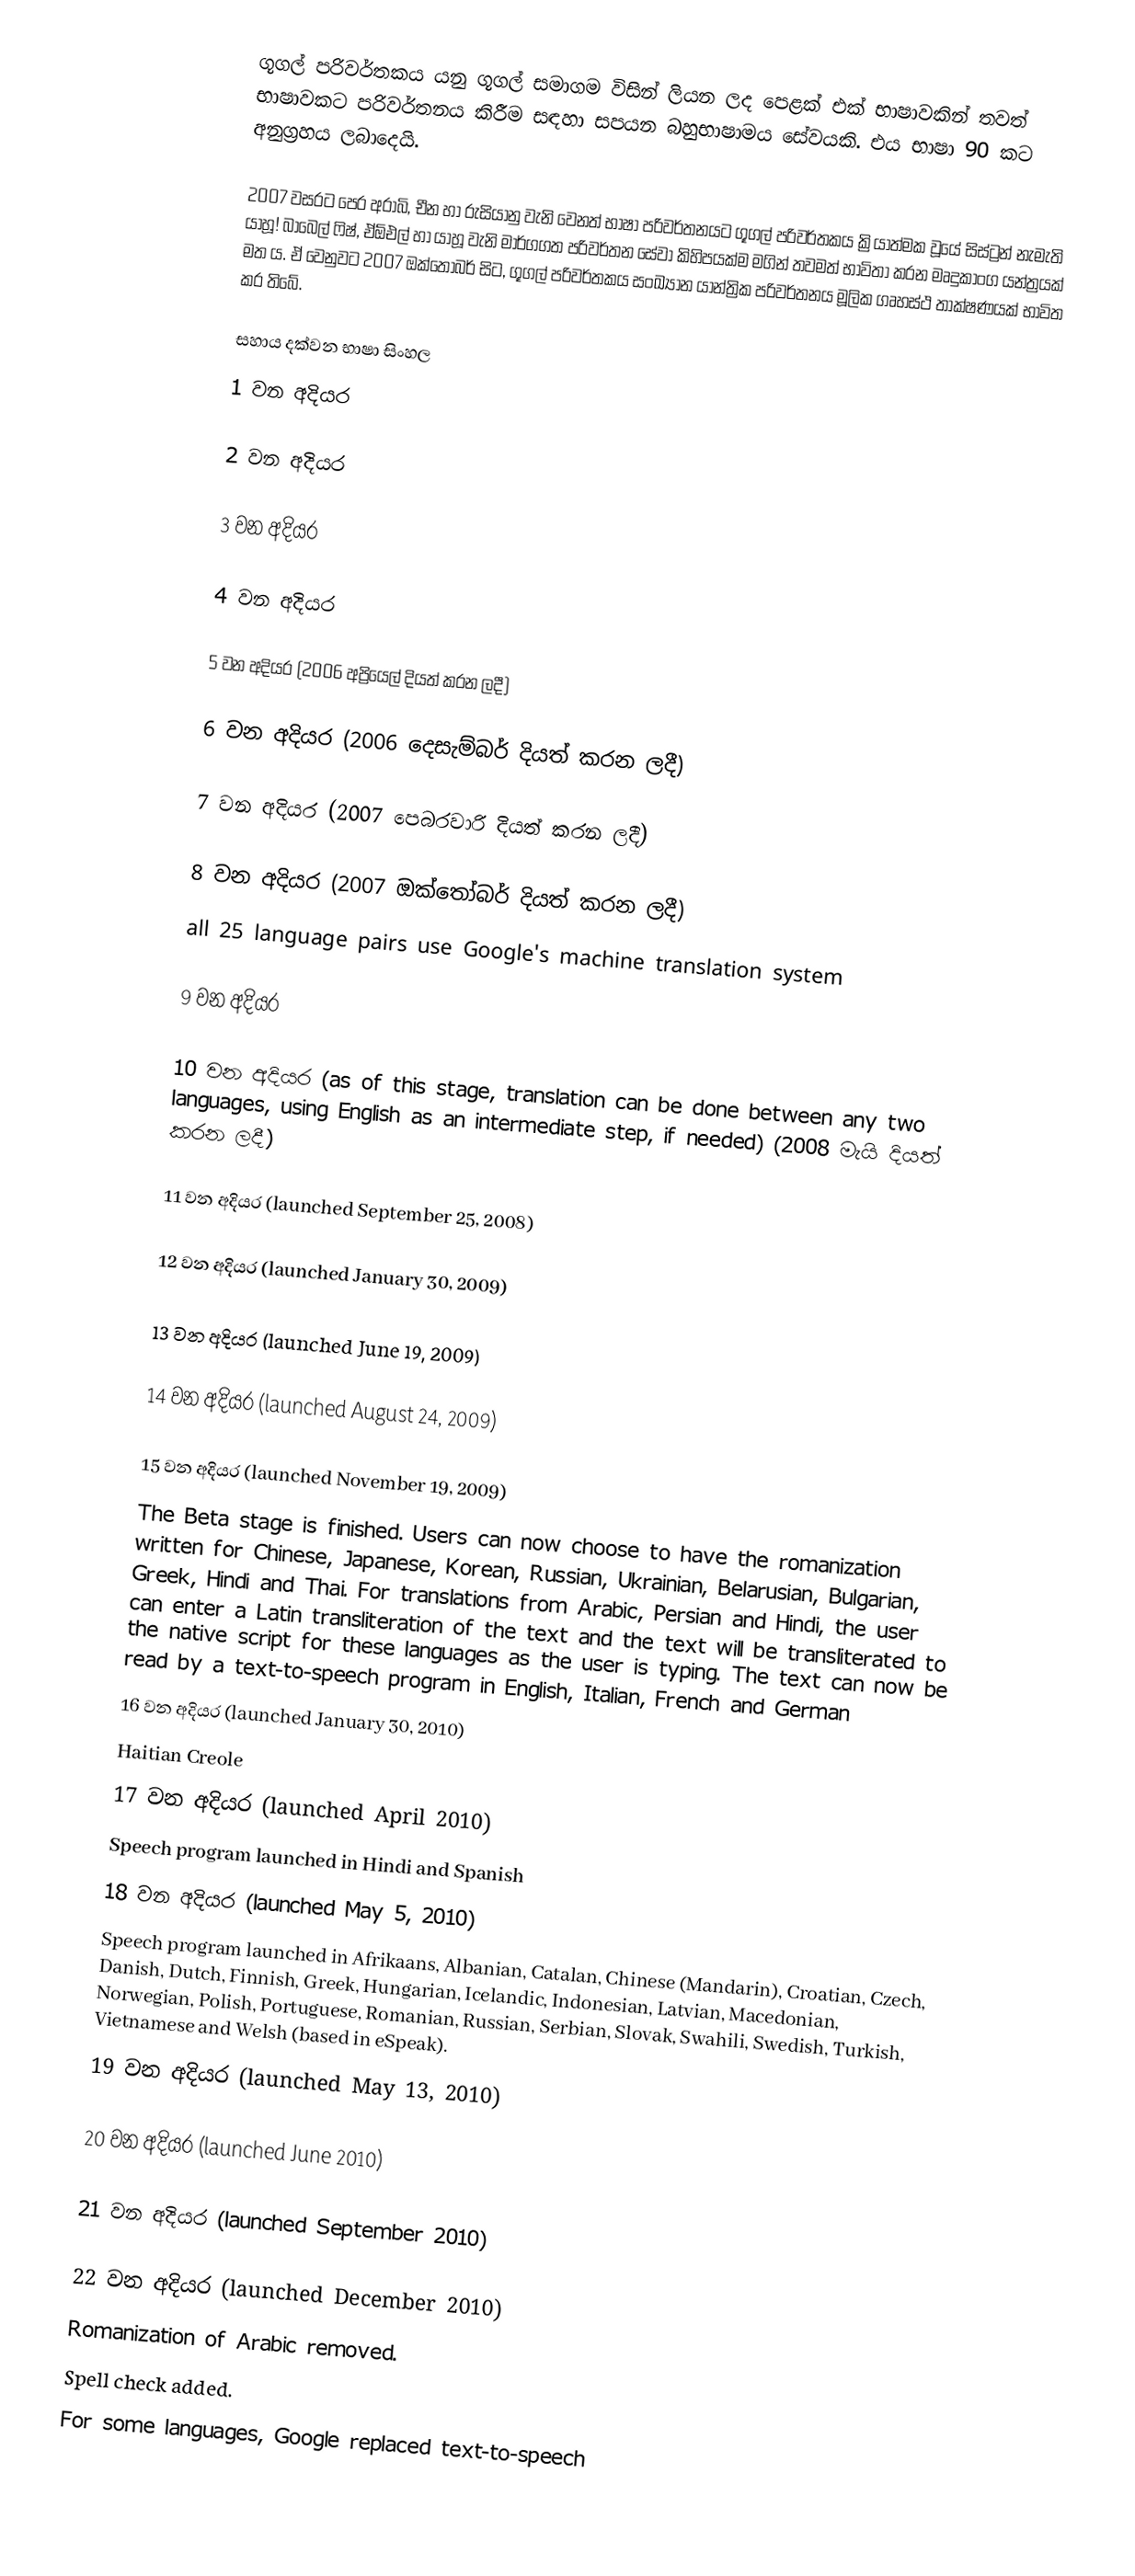
ගූගල් පරිවර්තකය යනු ගූගල් සමාගම විසින් ලියන ලද පෙළක් එක් භාෂාවකින් තවත් භාෂාවකට පරිවර්තනය කිරීම සඳහා සපයන බහුභාෂාමය සේවයකි. එය භාෂා 90 කට අනුග්‍රහය ලබාදෙයි.

2007 වසරට පෙර අරාබි, චීන හා රුසියානු වැනි වෙනත් භාෂා පරිවර්තනයට ගූගල් පරිවර්තකය ක්‍රියාත්මක වූයේ සිස්ට්‍රන් නැමැති යාහූ! බාබෙල් ෆිෂ්, ඒඕඑල් හා යාහූ වැනි මාර්ගගත පරිවර්තන සේවා කිහිපයක්ම මගින් තවමත් භාවිතා කරන මෘදුකාංග යන්ත්‍රයක් මත ය. ඒ වෙනුවට 2007 ඔක්තෝබර් සිට, ගූගල් පරිවර්තකය සංඛ්‍යාන යාන්ත්‍රික පරිවර්තනය මූලික ගෘහස්ථ තාක්ෂණයක් භාවිත කර තිබේ.

සහාය දක්වන භාෂා සිංහල
1 වන අදියර

2 වන අදියර

3 වන අදියර

4 වන අදියර

5 වන අදියර (2006 අප්‍රියෙල්  දියත් කරන ලදී)

6 වන අදියර (2006 දෙසැම්බර්  දියත් කරන ලදී)

7 වන අදියර (2007 පෙබරවාරි  දියත් කරන ලදී)

8 වන අදියර (2007 ඔක්තෝබර්  දියත් කරන ලදී)
 all 25 language pairs use Google's machine translation system

9 වන අදියර

10 වන අදියර (as of this stage, translation can be done between any two languages, using English as an intermediate step, if needed) (2008 මැයි  දියත් කරන ලදී)

11 වන අදියර (launched September 25, 2008)

12 වන අදියර (launched January 30, 2009)

13 වන අදියර (launched June 19, 2009)

14 වන අදියර (launched August 24, 2009)

15 වන අදියර (launched November 19, 2009)
The Beta stage is finished. Users can now choose to have the romanization written for Chinese, Japanese, Korean, Russian, Ukrainian, Belarusian, Bulgarian, Greek, Hindi and Thai. For translations from Arabic, Persian and Hindi, the user can enter a Latin transliteration of the text and the text will be transliterated to the native script for these languages as the user is typing. The text can now be read by a text-to-speech program in English, Italian, French and German
16 වන අදියර (launched January 30, 2010)
Haitian Creole
17 වන අදියර (launched April 2010)
Speech program launched in Hindi and Spanish
18 වන අදියර (launched May 5, 2010)
Speech program launched in Afrikaans, Albanian, Catalan, Chinese (Mandarin), Croatian, Czech, Danish, Dutch, Finnish, Greek, Hungarian, Icelandic, Indonesian, Latvian, Macedonian, Norwegian, Polish, Portuguese, Romanian, Russian, Serbian, Slovak, Swahili, Swedish, Turkish, Vietnamese and Welsh (based in eSpeak).
19 වන අදියර (launched May 13, 2010)

20 වන අදියර (launched June 2010)

21 වන අදියර (launched September 2010)

 22 වන අදියර (launched December 2010)
Romanization of Arabic removed.
Spell check added.
For some languages, Google replaced text-to-speech